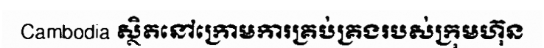
Cambodia ស្ថិតនៅក្រោមការគ្រប់គ្រងរបស់ក្រុមហ៊ុន